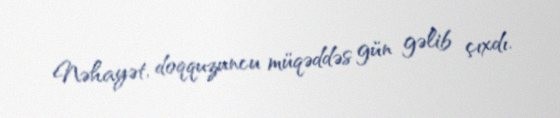
Nəhayət, doqquzuncu müqəddəs gün gəlib çıxdı.